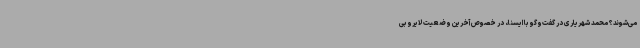
می‌شوند؟ محمد شهریاری در گفت‌وگو با ایسنا، در خصوص آخرین وضعیت لایروبی